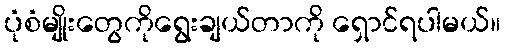
ပုံစံမျိုးတွေကိုရွေးချယ်တာကို ရှောင်ရပါမယ်။